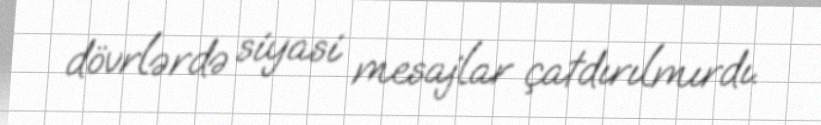
dövrlərdə siyasi mesajlar çatdırılmırdı.